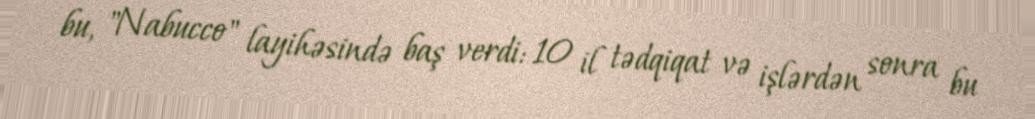
bu, "Nabucco" layihəsində baş verdi: 10 il tədqiqat və işlərdən sonra bu